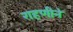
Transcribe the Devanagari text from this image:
राहणीने